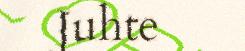
Juhte